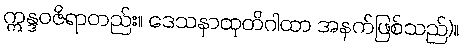
ဣန္ဒဝဇိရာတည်း။ ဒေသနာထုတိဂါထာ အနက်ဖြစ်သည်)။